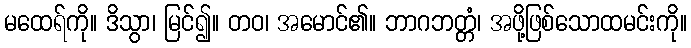
မထေရ်ကို။ ဒိသွာ၊ မြင်၍။ တဝ၊ အမောင်၏။ ဘာဂဘတ္တံ၊ အဖို့ဖြစ်သောထမင်းကို။